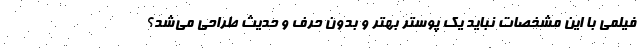
فیلمی با این مشخصات نباید یک پوستر بهتر و بدون حرف و حدیث طراحی می‌شد؟